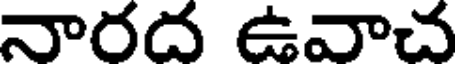
నారద ఉవాచ